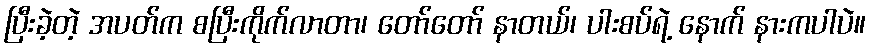
ပြီးခဲ့တဲ့ အပတ်က စပြီးကိုက်လာတာ၊ တော်တော် နာတယ်၊ ပါးစပ်ရဲ့ နောက် နားကပါပဲ။